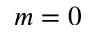
m = 0